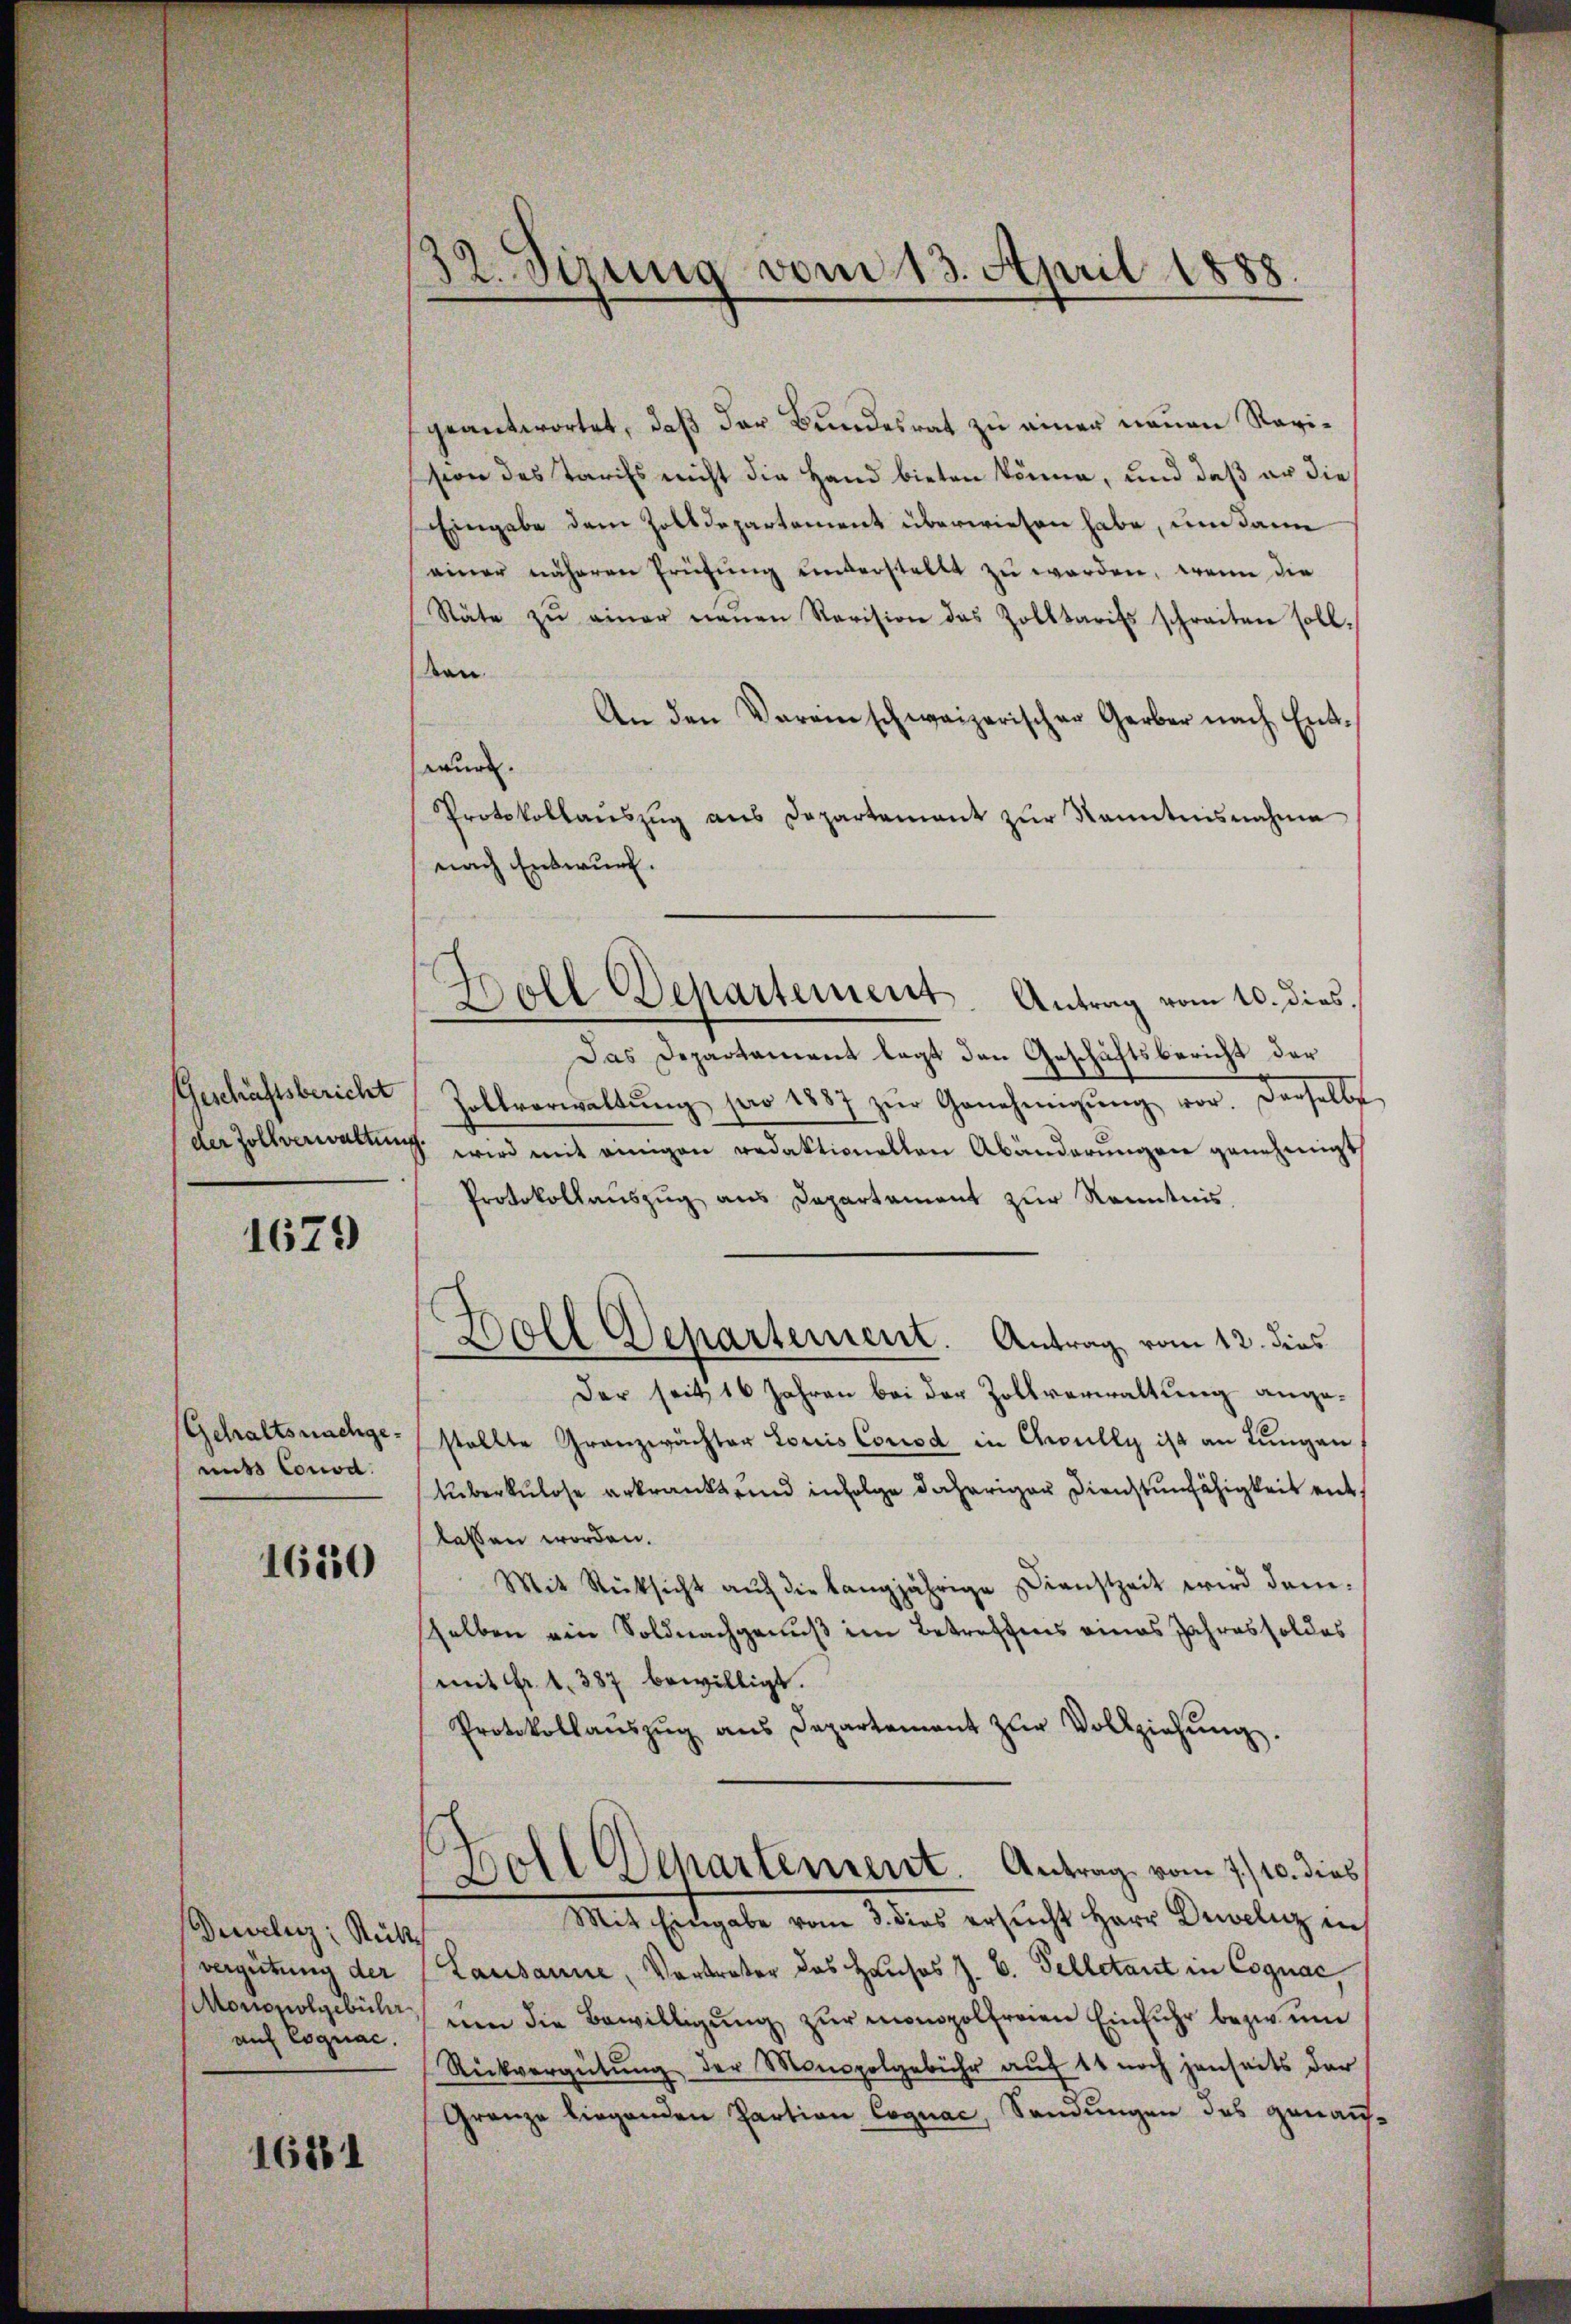
Geschäftsbericht
der Zollverwaltung

1679

Gehaltsnachgemis Conod.

1650

Derelig Rük
vergütung der
Monopolgebühr
auf Cognac.

1681

32. Sizung vom 13. April 1888.

geantwortet, daß der Bundesrat zu einer neuen Revision des Tarifs nicht die Hand bieten könne, und daß er die
Eingabe dem Zolldepartement überwiesen habe, um dann
einer näheren Prüfŭng unterstellt zŭ werden, wenn die
Stäte zŭ einer neuen Revision das Zolltarifs schreiten soll.
ten
An den Vereinschweizerischer Gerber nach Entwur.
Protokollaŭszŭg aŭs Departement zŭr Kenntnisnahme
nach Entwurf.
Das Departament legt den Geschäftsbericht der
Holtverwaltŭng pro 1887 zŭr Genehmigŭng vor. Derselbe
 wird mit einigen redaktionellen Abänderungen genehmigt
Protokollauszug aus Departament zur Kenntnis,
Boll Departement. Antrag vom 12. dies
Der seit 16 Jahren bei der Zollverwaltung angestellte Granzwächter Louis Corrod in Chrully ist an Lungen
tberkulose erkrankt und infolge daheriger Dienstunfähigkeit entlassen worden.
Mit Rücksicht aŭf die langjährige Dienstzeit wird demsselben ein Soldnachgenuß im Betreffens eines Jahres soldes
(mit Fr. 1. 387 bewilligt.
Protokollaŭszŭg ans Departement zŭr Vollziehŭng.
Doll Departement. Antrag vom 7./10. dies
Mit Eingabe vom 2tens ersucht Herr Damalig in
Lausanne, Vortreter das Hauses J. B. Telletant in Cognac,
um die Bewilligŭng zur monopolfreien Einfuhr bezw. um
Rückvergütung der Monopolgebühr auf 11 noch jenseits der
Granze liegenden Partion Cognac, Sendungen des genauf

Boll Departement. Antrag vom 10. dies